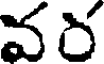
వర